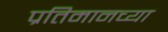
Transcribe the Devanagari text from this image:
प्रतिमानच्या